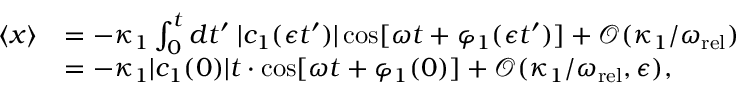
\begin{array} { r l } { \langle x \rangle } & { = - \kappa _ { 1 } \int _ { 0 } ^ { t } d t ^ { \prime } \; | c _ { 1 } ( \epsilon t ^ { \prime } ) | \cos [ \omega t + \varphi _ { 1 } ( \epsilon t ^ { \prime } ) ] + \mathcal { O } ( \kappa _ { 1 } / \omega _ { \mathrm { r e l } } ) } \\ & { = - \kappa _ { 1 } | c _ { 1 } ( 0 ) | t \cdot \cos [ \omega t + \varphi _ { 1 } ( 0 ) ] + \mathcal { O } ( \kappa _ { 1 } / \omega _ { \mathrm { r e l } } , \epsilon ) , } \end{array}